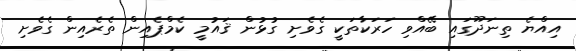
އިއްޔެ ތިނަދޫގައި ބޭއްވި ހަރަކާތަކީ ގެވެށި ގުޅުން ޤައުމީ ކެމްޕެއިން ތެރެއިން ގެވެށި